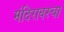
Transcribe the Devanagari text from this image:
मंदिरावरचा